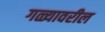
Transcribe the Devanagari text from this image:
गळ्यावरील